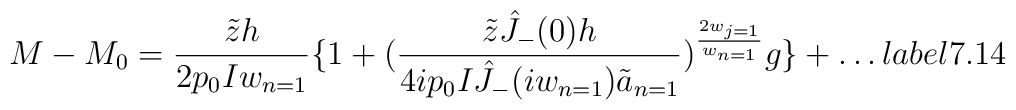
M-M_0=\frac{\tilde{z}h}{2p_0Iw_{n=1}}\{1+(\frac{\tilde{z}\hat{J}_-(0)h}{4ip_0I\hat{J}_-(iw_{n=1})\tilde{a}_{n=1}})^{\frac{2w_{j=1}}{w_{n=1}}}g\}+\dots\